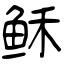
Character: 稣